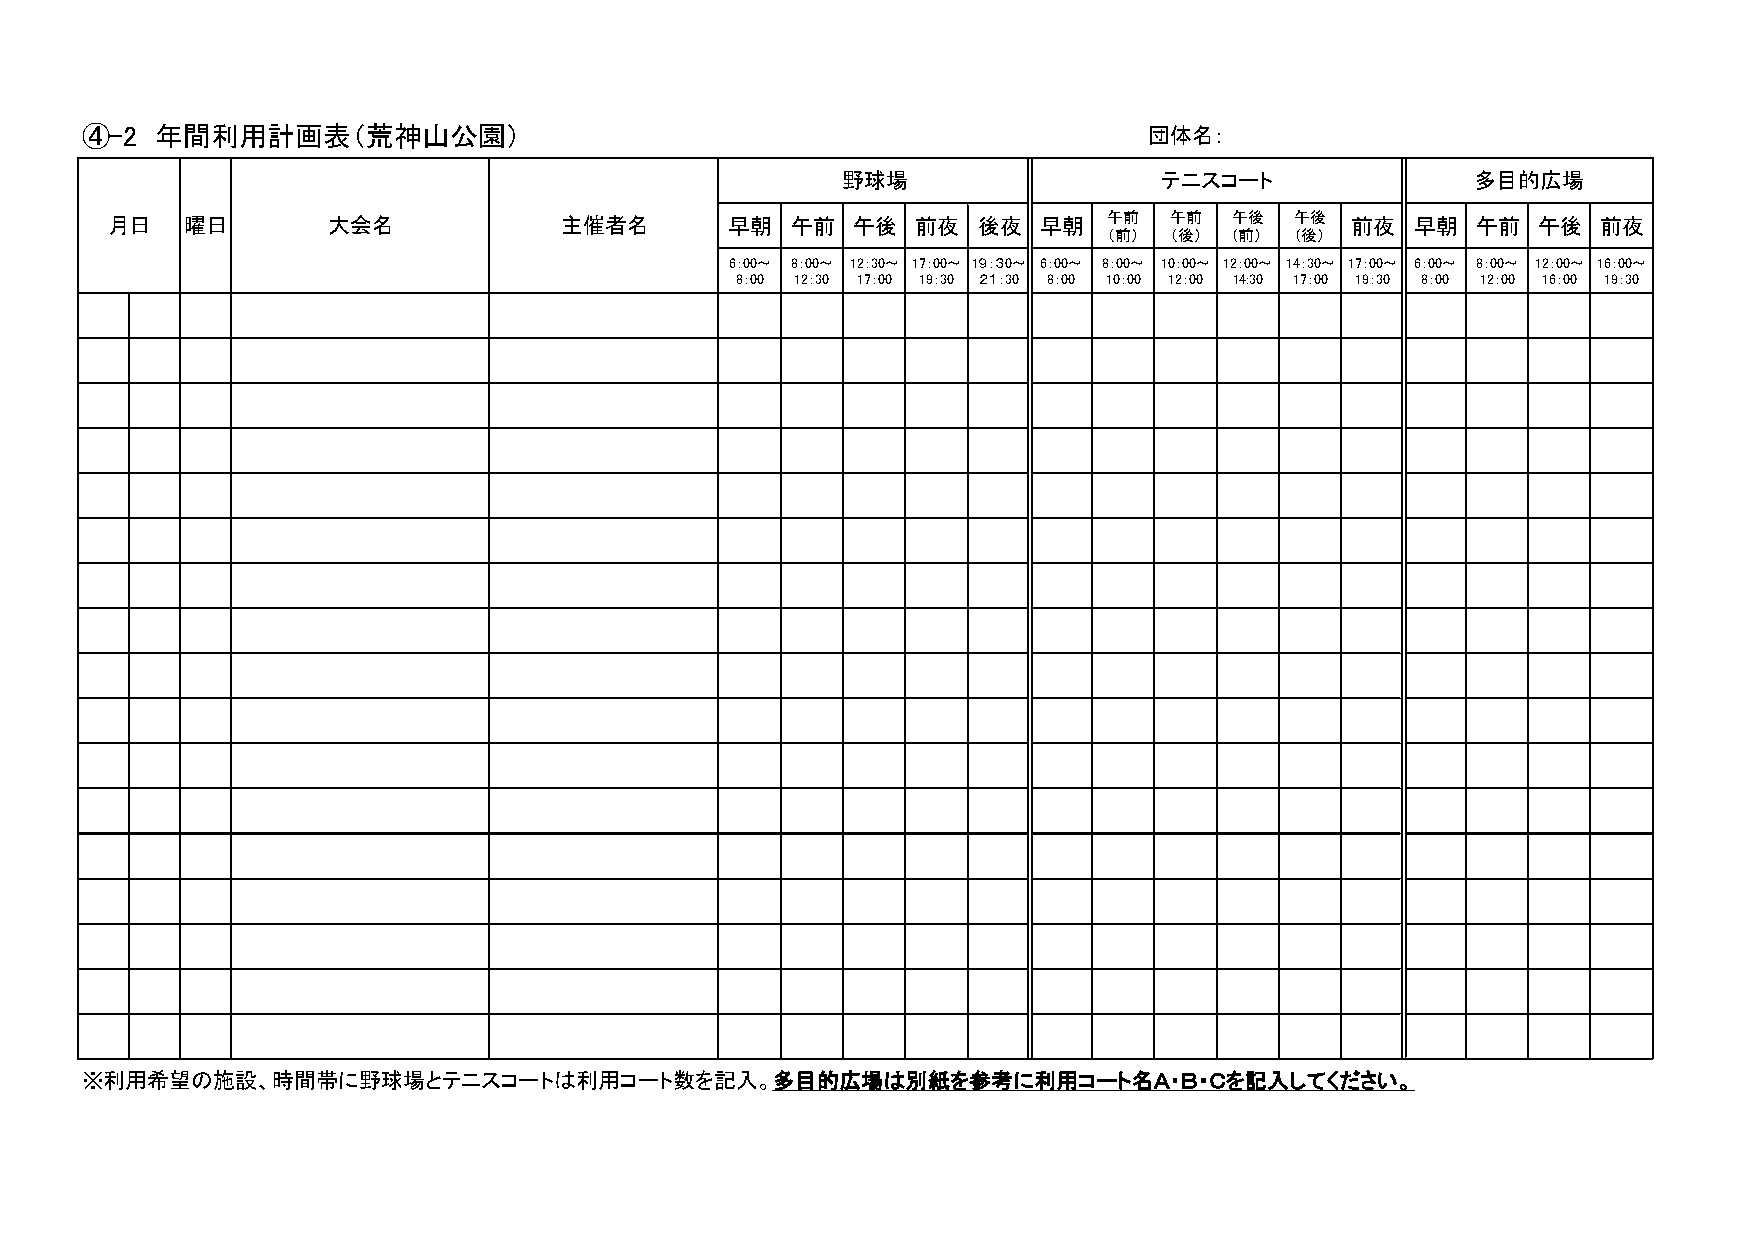
④-2  年間利用計画表（荒神山公園）                                                    団体名：
 野球場                  テニスコート               多目的広場
 月日   曜日        大会名            主催者名       早朝  午前  午後   前夜  後夜  早朝  午前  午前   午後  午後 前夜   早朝  午前  午後  前夜
 （前） （後）  (前） (後）
 6：00～ 8：00～ 12：30～ 17：00～ 1９：３0～ 6：00～ 8：00～ 10：00～ 12：00～ 14：30～ 17：00～ 6：00～ 8：00～ 12：00～ 16：00～
 8：00 12：30 17：00 19：30 ２１：30 8：00 10：00 12：00 14:30 17：00 19：30 8：00 12：00 16：00 19：30
 ※利用希望の施設、時間帯に野球場とテニスコートは利用コート数を記入。多目的広場は別紙を参考に利用コート名Ａ・Ｂ・Ｃを記入してください。